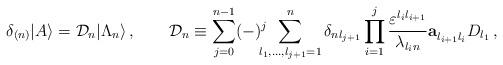
LaTeX: \begin{align*}\delta_{(n)}|A\rangle={\cal D}_n|\Lambda_n\rangle\,,\qquad{\cal D}_n\equiv\sum_{j=0}^{n-1}(-)^j\!\!\!\!\sum_{l_1,\ldots,l_{j+1}=1}^n\delta_{nl_{j+1}} \prod_{i=1}^j\frac{\varepsilon^{l_i l_{i+1}}}{\lambda_{l_i n}}{\bf a}_{l_{i+1}l_i}^{} D_{l_1} \,,\end{align*}